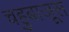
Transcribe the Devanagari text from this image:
चहुबाजूस